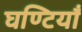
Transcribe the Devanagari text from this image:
घण्टियाँ